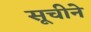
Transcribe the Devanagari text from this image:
सूचीने